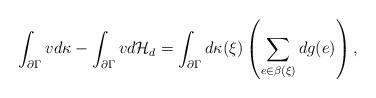
LaTeX: \begin{align*} \int_{\partial\Gamma}vd\kappa-\int_{\partial\Gamma}vd{\cal H}_{d} =\int_{\partial\Gamma}d\kappa(\xi)\left(\sum_{e\in\beta(\xi)}dg(e)\right), \end{align*}